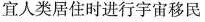
宜人类居住时进行宇宙移民